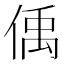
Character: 偊